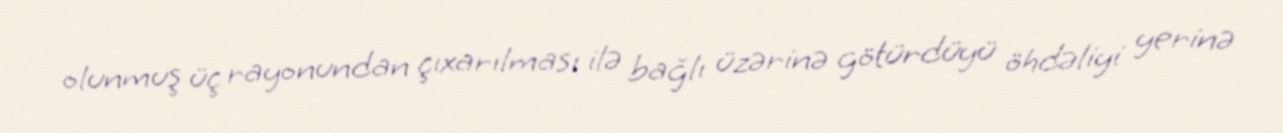
olunmuş üç rayonundan çıxarılması ilə bağlı üzərinə götürdüyü öhdəliyi yerinə